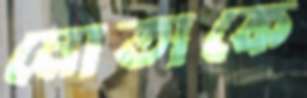
মোতাকে